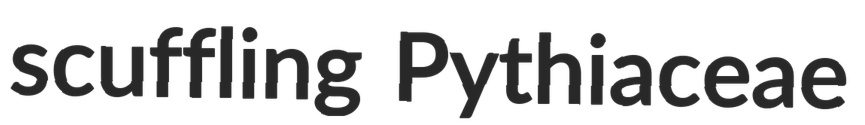
scuffling Pythiaceae